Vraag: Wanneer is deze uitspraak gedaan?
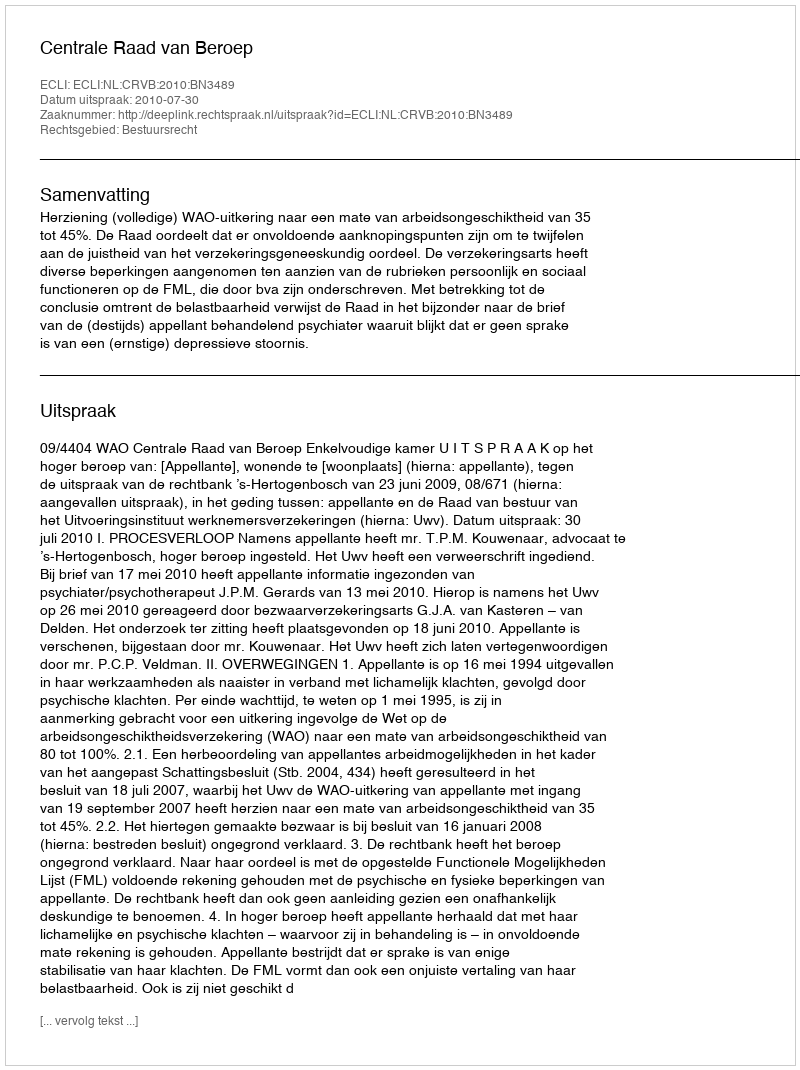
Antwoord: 2010-07-30